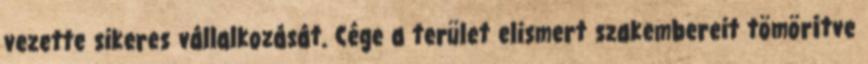
vezette sikeres vállalkozását. Cége a terület elismert szakembereit tömörítve